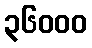
၃၆၀၀၀